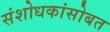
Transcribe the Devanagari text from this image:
संशोधकांसोबत